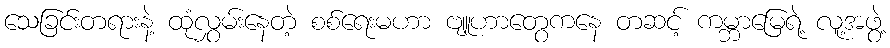
သေခြင်းတရားနဲ့ ထုံလွှမ်းနေတဲ့ စစ်ရေးမဟာ ဗျူဟာတွေကနေ တဆင့် ကမ္ဘာမြေရဲ့ လူ့အဖွဲ့